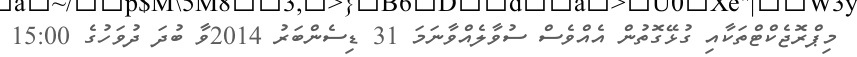
މިޕްރޮޖެކްޓްތަކާއި ގުޅޭގޮތުން އެއްވެސް ސުވާލެއްވާނަމަ 31 ޑިސެންބަރު 2014ވާ ބުދަ ދުވަހުގެ 15:00